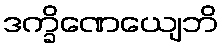
ဒက္ခိဏေယျေဘိ